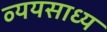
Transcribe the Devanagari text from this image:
व्‍ययसाध्‍य